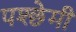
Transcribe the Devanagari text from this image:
पश्छेमी